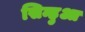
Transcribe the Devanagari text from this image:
सिन्हुआ